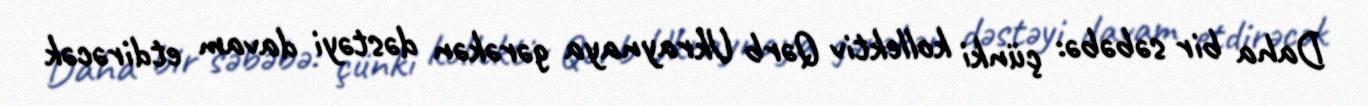
Daha bir səbəbə: çünki kollektiv Qərb Ukraynaya gərəkən dəstəyi davam etdirəcək